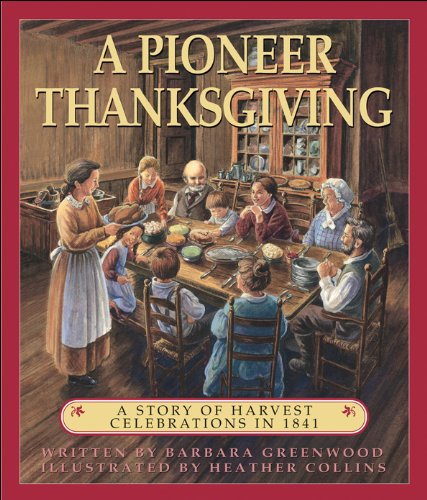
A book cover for A Pioneer Thanksgiving: A Story of Harvest Celebrations in 1841; Barbara Greenwood; Children's Books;